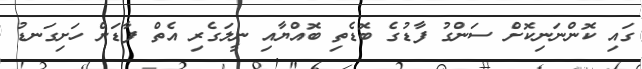
ގައި ކޮންނަނިކޮށް ސަންގު ފާޑުގެ ބޮޑެތި ބޮއްޔާއި ނީލަގެރި އެތް ފާޑަށް ހަށިގަނޑު